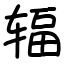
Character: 辐